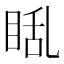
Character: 𪾬